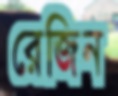
রেজিন